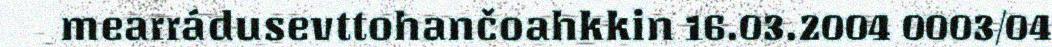
mearrádusevttohančoahkkin 16.03.2004 0003/04